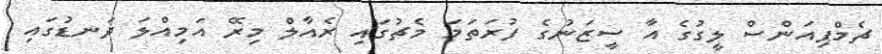
ޗެމްޕިއަންސް ލީގުގެ އާ ސީޒަނުގެ ފުރަތަމަ މެޗުގައި ރެއާލް މިރޭ އަމިއްލަ ދަނޑުގައި